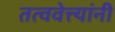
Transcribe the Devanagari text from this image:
तत्ववेत्त्यांनी